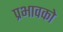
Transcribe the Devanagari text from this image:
प्रभावको